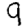
Digit: 9